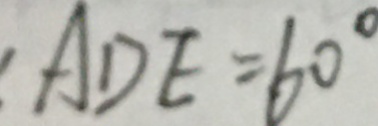
A D E = 6 0 ^ { \circ }